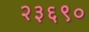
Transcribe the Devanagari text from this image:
२३६९०